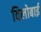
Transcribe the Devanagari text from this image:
विलोबाई